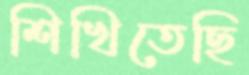
শিখিতেছি